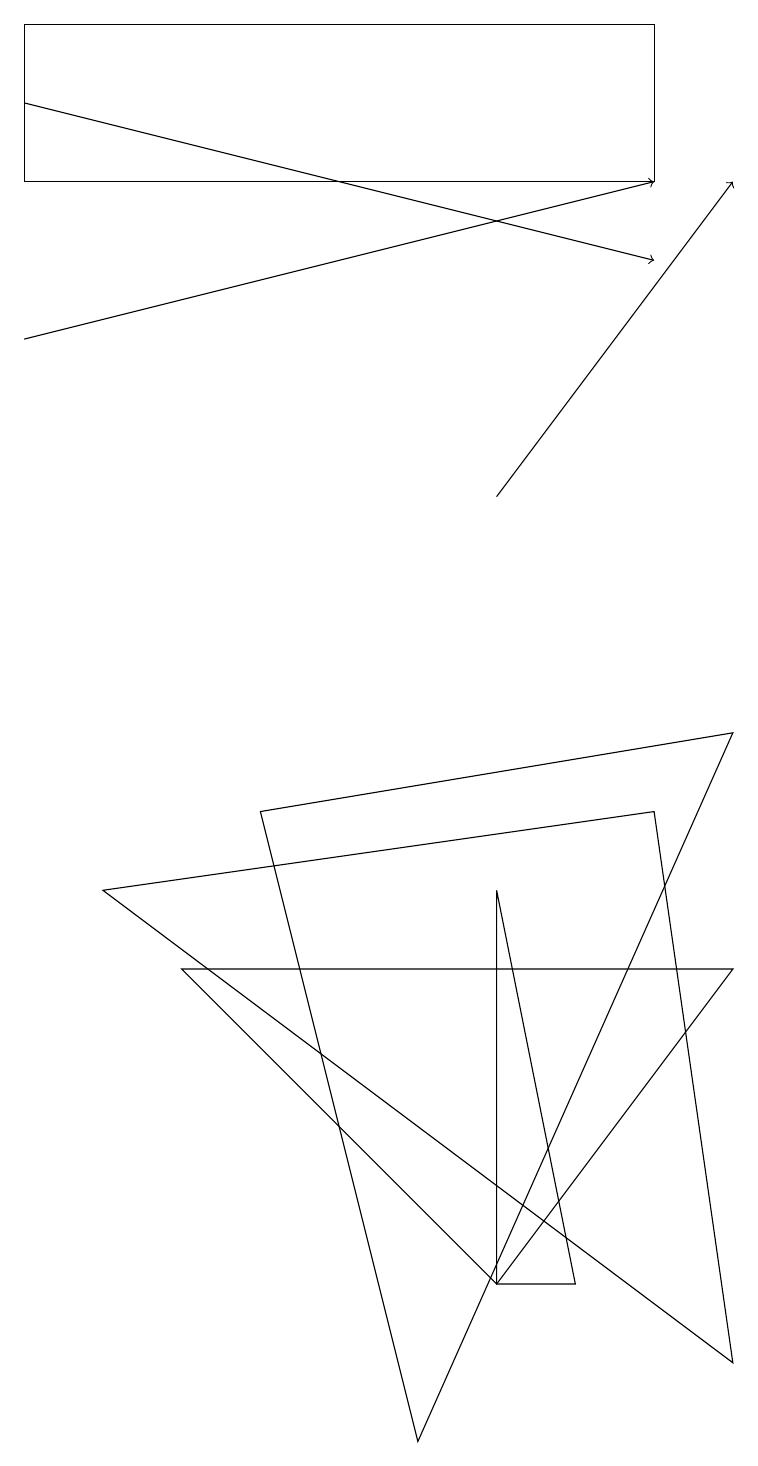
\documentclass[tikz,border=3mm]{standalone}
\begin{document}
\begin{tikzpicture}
\draw (8,8) -- (1,7) -- (9,1) -- cycle;
\draw (0,18) rectangle (8,16);
\draw[->] (0,17) -- (8,15);
\draw[->] (6,12) -- (9,16);
\draw[->] (0,14) -- (8,16);
\draw (6,2) -- (6,7) -- (7,2) -- cycle;
\draw (2,6) -- (6,2) -- (9,6) -- cycle;
\draw (5,0) -- (9,9) -- (3,8) -- cycle;
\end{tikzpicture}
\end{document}